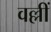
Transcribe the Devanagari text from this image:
वल्लीं